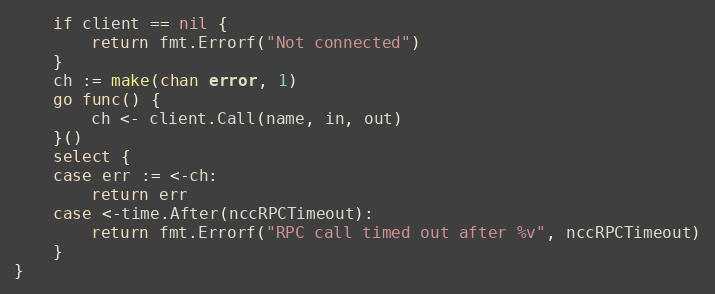
Language: Go
	if client == nil {
		return fmt.Errorf("Not connected")
	}
	ch := make(chan error, 1)
	go func() {
		ch <- client.Call(name, in, out)
	}()
	select {
	case err := <-ch:
		return err
	case <-time.After(nccRPCTimeout):
		return fmt.Errorf("RPC call timed out after %v", nccRPCTimeout)
	}
}